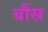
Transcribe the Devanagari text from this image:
बौंस